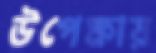
উপেক্ষায়